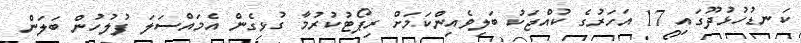
ކަނޑުހުޅުދޫގައި 17 އަހަރުގެ ކުއްޖަކު ބަލިވެއިންކަމަށް ރިޕޯޓުކުރުމާ ގުޅިގެން އެމައްސަލަ ފުލުހުން ބަލަން